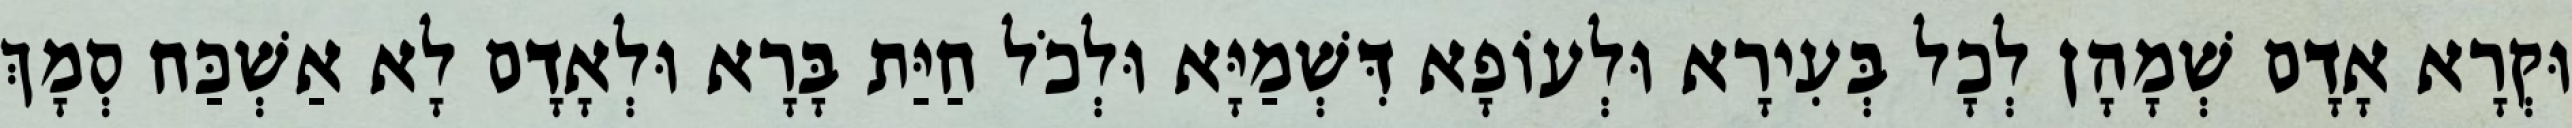
וּקְרָא אָדָם שְׁמָהָן לְכָל בְּעִירָא וּלְעוֹפָא דִּשְׁמַיָּא וּלְכֹל חַיַּת בָּרָא וּלְאָדָם לָא אַשְׁכַּח סְמָךְ